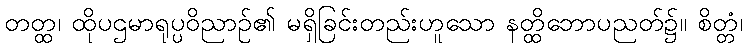
တတ္ထ၊ ထိုပဌမာရုပ္ပဝိညာဉ်၏ မရှိခြင်းတည်းဟူသော နတ္ထိဘောပညတ်၌။ စိတ္တံ၊